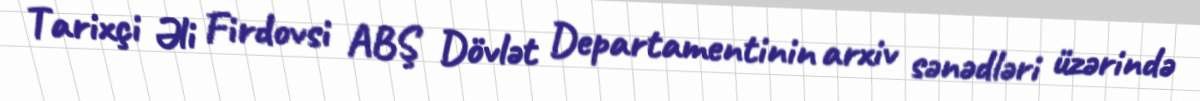
Tarixçi Əli Firdovsi ABŞ Dövlət Departamentinin arxiv sənədləri üzərində